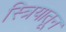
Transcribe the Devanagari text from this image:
स्त्रियातून